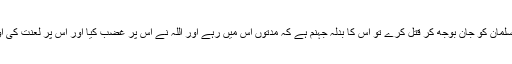
ارشاد ربانی ہے’’اور جو کوئی کسی مسلمان کو جان بوجھ کر قتل کرے تو اس کا بدلہ جہنم ہے کہ مدتوں اس میں رہے اور اللہ نے اس پر غضب کیا اور اس پر لعنت کی اور اس کے لئے تیار رکھا بڑا عذاب‘‘۔